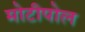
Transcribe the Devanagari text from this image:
मोटीपोल